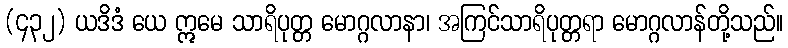
(၄၃၂) ယဒိဒံ ယေ ဣမေ သာရိပုတ္တ မောဂ္ဂလာနာ၊ အကြင်သာရိပုတ္တရာ မောဂ္ဂလာန်တို့သည်။